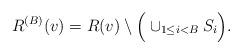
LaTeX: \begin{align*}R^{(B)}(v)= R(v)\setminus \Big(\cup_{1\le i<B}S_i\Big).\end{align*}